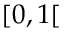
[ 0 , 1 [